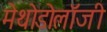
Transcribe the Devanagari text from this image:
मेथोडोलॉजी